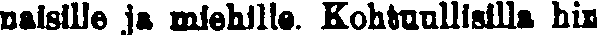
naisille ja miehille. Kohtuullisilla hin